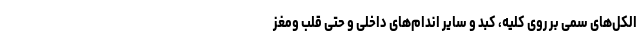
الکل‌های سمی بر روی کلیه، کبد و سایر اندام‌های داخلی و حتی قلب ومغز